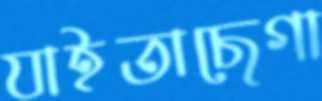
যাইতাছেগা